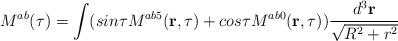
LaTeX: \begin{align*}M^{ab}(\tau)=\int (sin\tau M^{ab5}({\bf r},\tau)+cos\tau M^{ab0}({\bf r},\tau))\frac{d^3{\bf r}}{\sqrt{R^2+r^2}}\end{align*}